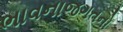
ભાવનાજગતનો